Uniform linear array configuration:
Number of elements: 4
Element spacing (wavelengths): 1
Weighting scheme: binomial
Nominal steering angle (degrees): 60
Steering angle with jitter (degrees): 58.931
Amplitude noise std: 0.05
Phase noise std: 0.05

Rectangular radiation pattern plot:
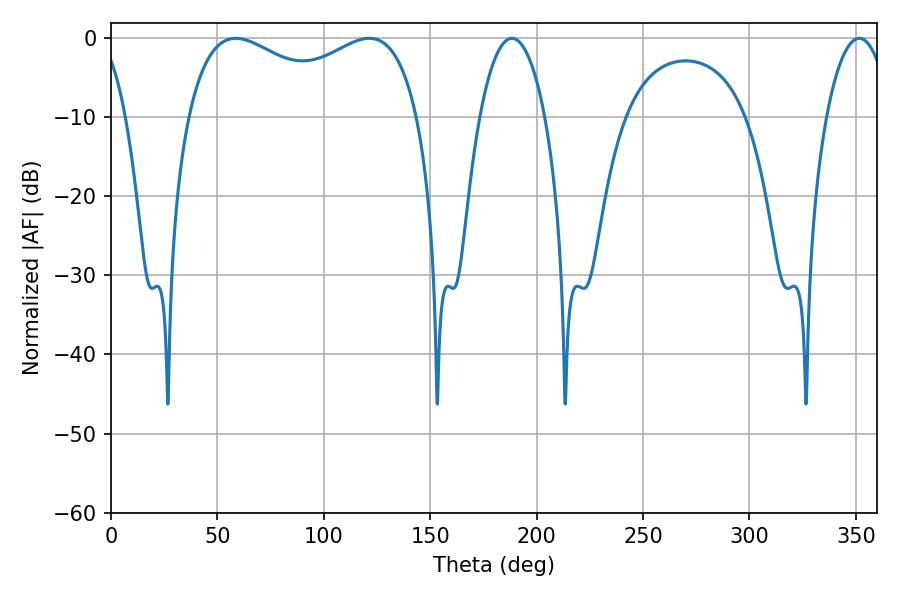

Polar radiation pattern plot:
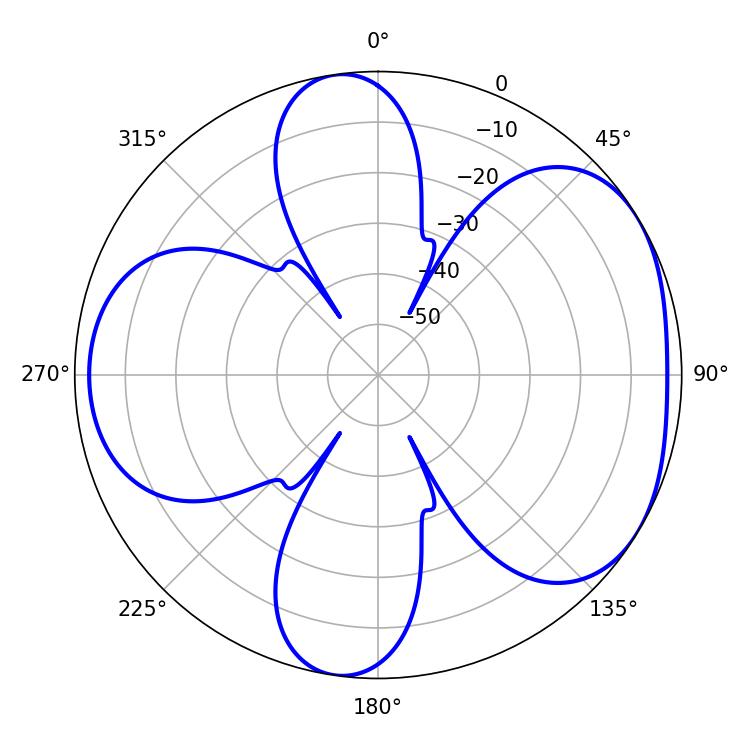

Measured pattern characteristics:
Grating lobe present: TRUE
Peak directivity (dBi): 4.699
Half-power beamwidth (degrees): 90
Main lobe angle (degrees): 58.68